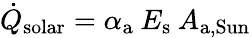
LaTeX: \dot{Q}_{\mathrm{solar}}=\alpha_{\mathrm{a}}\: E_{\mathrm{s}}\: A_{\mathrm{a,Sun}}